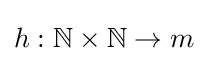
h:\mathbb {N} \times \mathbb {N} \to m